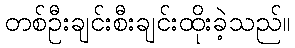
တစ်ဦးချင်းစီးချင်းထိုးခဲ့သည်။